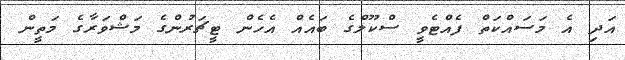
އަދި އެ މަސައްކަތް ފެއްޓެވީ ސްކޫލްގެ ބައެއް އެހެން ޓީޗަރުންގެ މަޝްވަރާގެ މަތީން